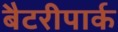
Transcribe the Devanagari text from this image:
बैटरीपार्क